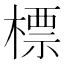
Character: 標